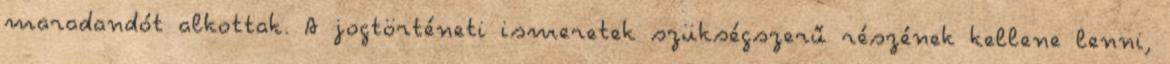
maradandót alkottak. A jogtörténeti ismeretek szükségszerű részének kellene lenni,